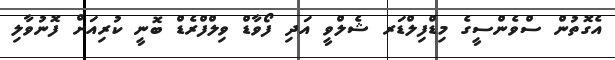
އެގޮތުން ސްވެންސީގެ މިޑްފިލްޑަރ ޝެލްވީ އަދި ފޯވާޑް ވިލްފްރެޑް ބޮނީ ކުރިއަށް ފޮނުވާލި